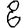
Digit: 8